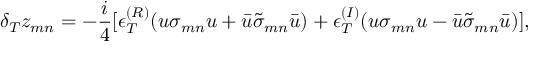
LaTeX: \delta _ { T } z _ { m n } = - \frac { i } { 4 } [ \epsilon _ { T } ^ { ( R ) } ( u \sigma _ { m n } u + \bar { u } \tilde { \sigma } _ { m n } \bar { u } ) + \epsilon _ { T } ^ { ( I ) } ( u \sigma _ { m n } u - \bar { u } \tilde { \sigma } _ { m n } \bar { u } ) ] ,